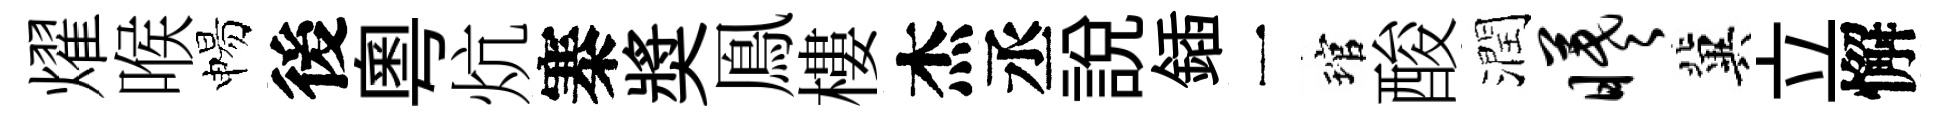
燿喉惕後粤炕寨奬鳯樓杰丞說鍤一琯酸潤曦冀立懈